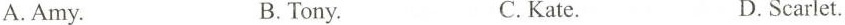
A.Amy. BInmy C.Kalt D.Scarlet